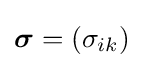
{\boldsymbol {\sigma }}=\left(\sigma _{ik}\right)